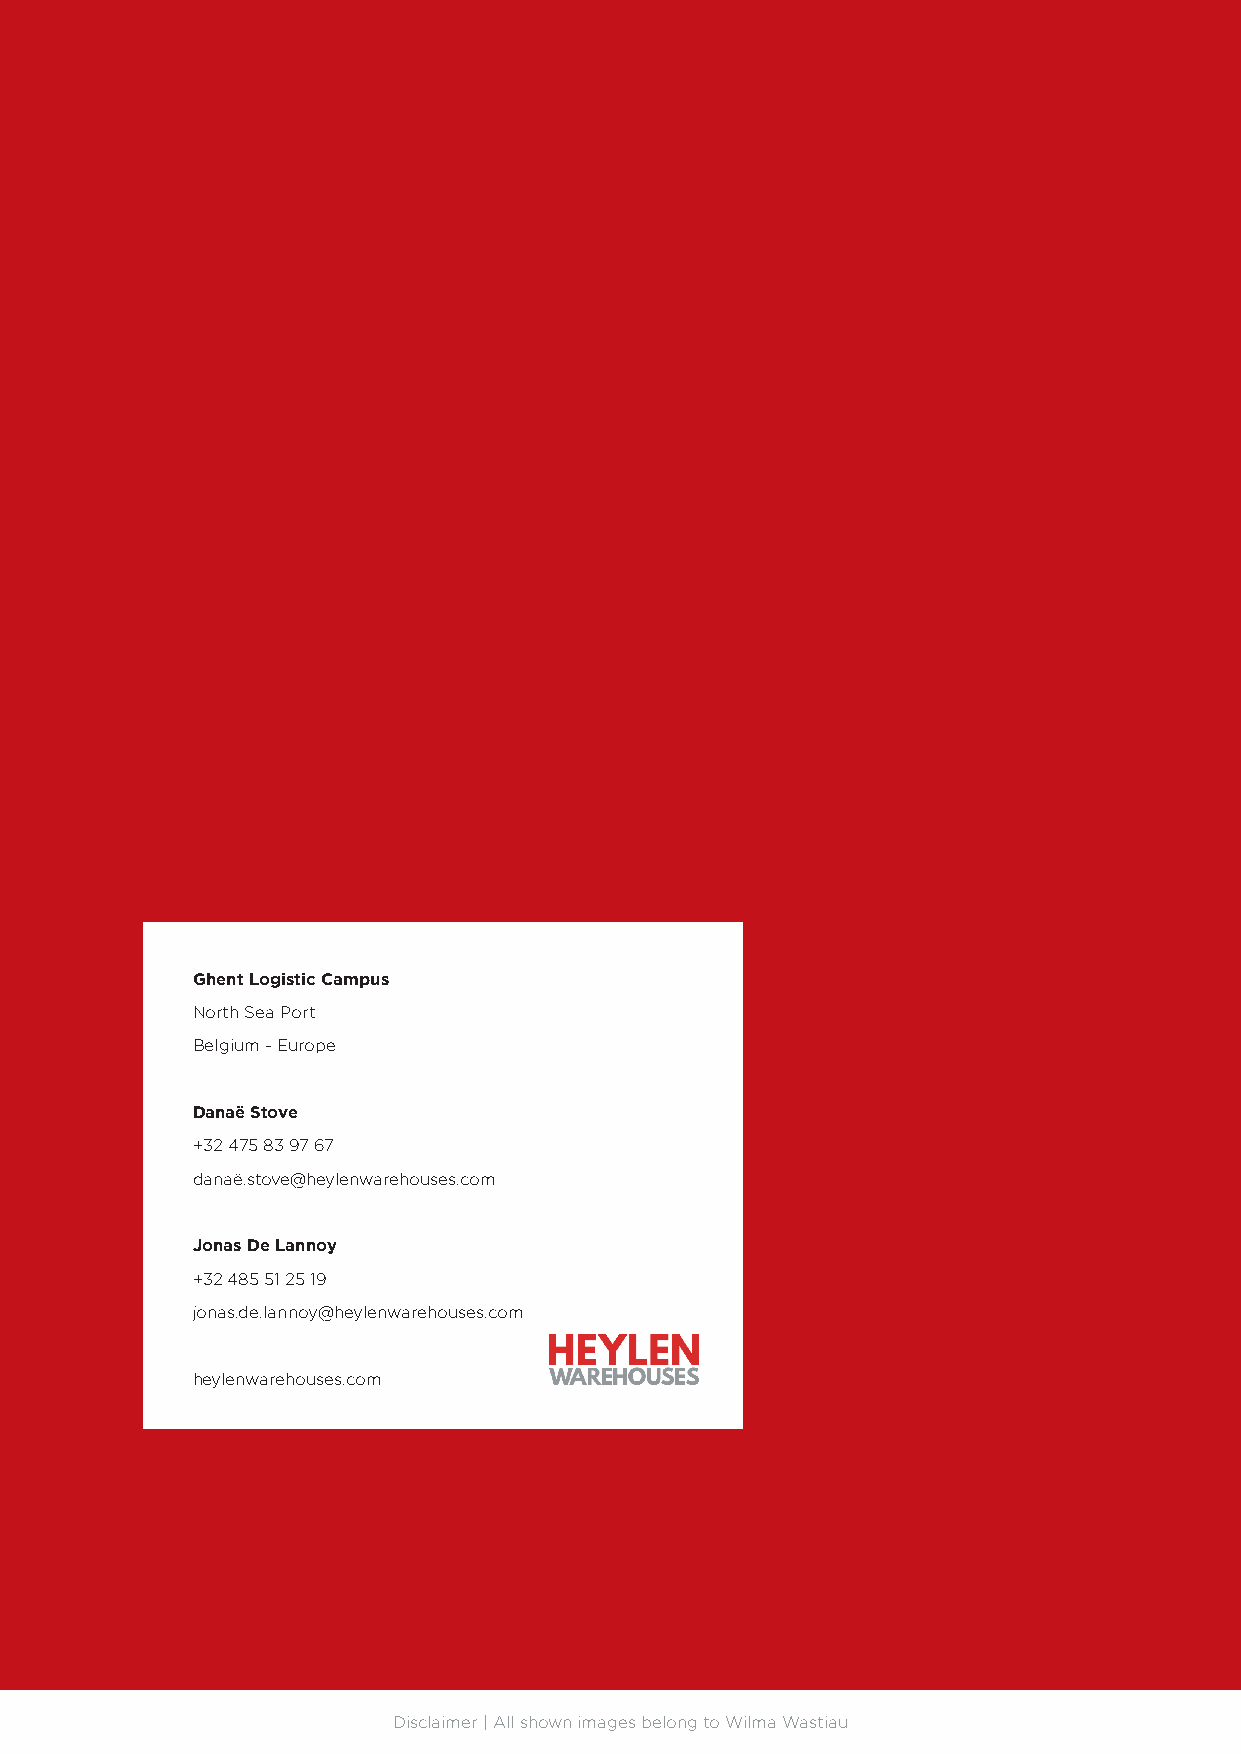
Ghent Logistic Campus
 North Sea Port
 Belgium - Europe
 Danaë Stove
 +32 475 83 97 67
 danaë.stove@heylenwarehouses.com
 Jonas De Lannoy
 +32 485 51 25 19
 jonas.de.lannoy@heylenwarehouses.com
 heylenwarehouses.com
 Disclaimer | All shown images belong to Wwilmwa Wwa.shtiaeuy lenwarehouses.com